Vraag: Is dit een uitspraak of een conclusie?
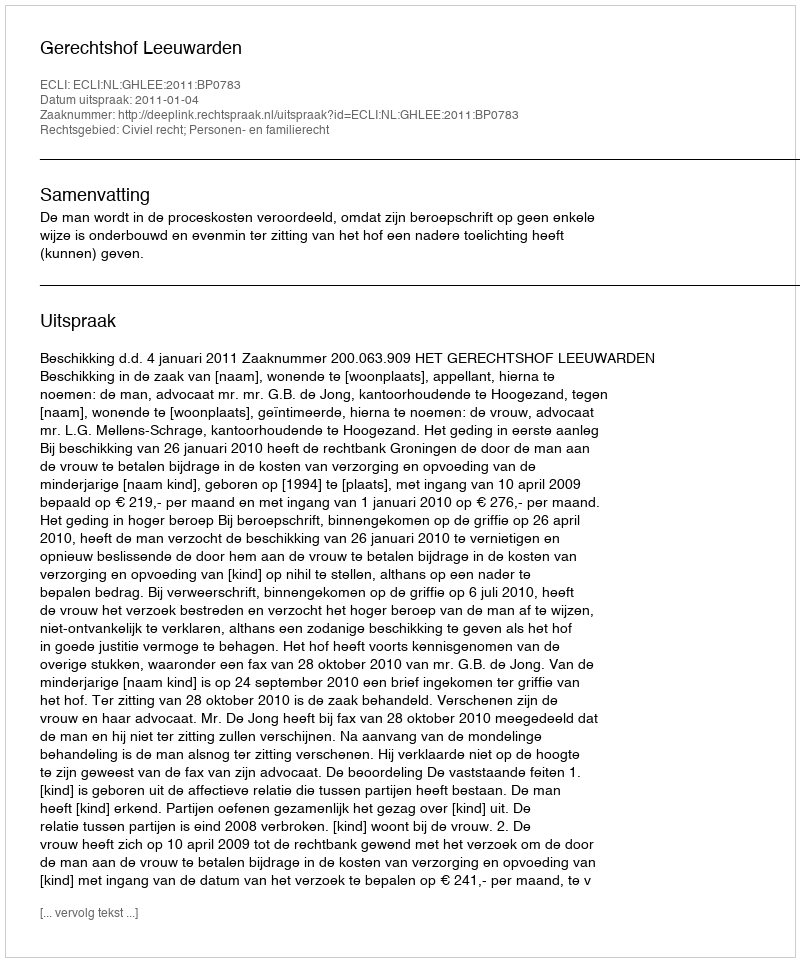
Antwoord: Uitspraak